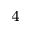
^ { 4 }